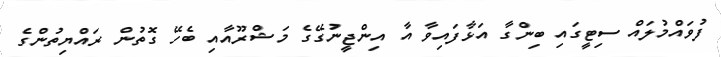
ފުވައްމުލައް ސިޓީގައި ބިންގާ އަޅާފައިވާ އާ އިންޖީނުގޭގެ މަޝްރޫއާއި ބެހޭ ގޮތުން ރައްޔިތުންގެ